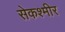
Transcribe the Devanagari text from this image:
सेकश्मीर